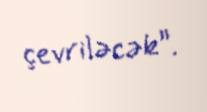
çevriləcək”.